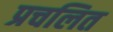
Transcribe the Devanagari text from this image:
प्रचलित